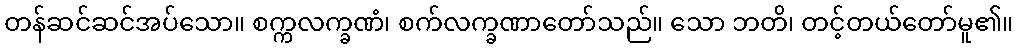
တန်ဆင်ဆင်အပ်သော။ စက္ကလက္ခဏံ၊ စက်လက္ခဏာတော်သည်။ သော ဘတိ၊ တင့်တယ်တော်မူ၏။